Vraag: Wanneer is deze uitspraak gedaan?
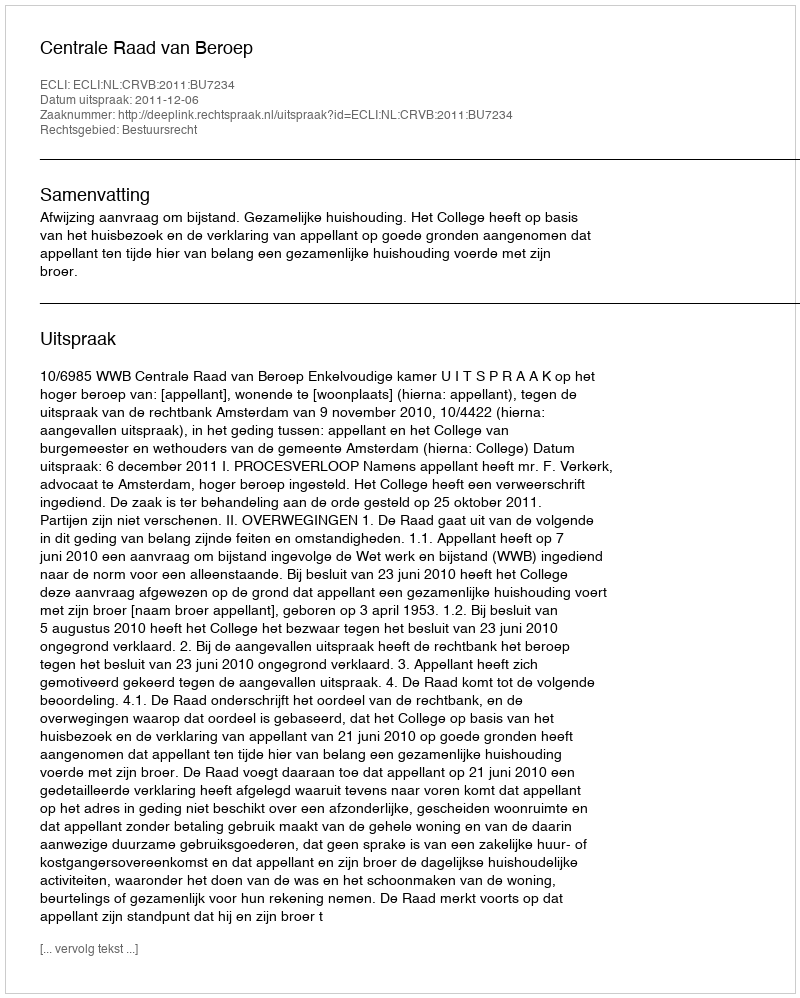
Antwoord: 2011-12-06